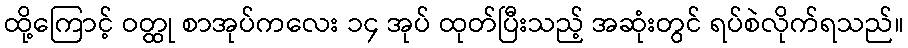
ထို့ကြောင့် ဝတ္ထု စာအုပ်ကလေး ၁၄ အုပ် ထုတ်ပြီးသည့် အဆုံးတွင် ရပ်စဲလိုက်ရသည်။